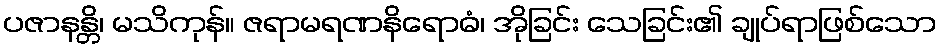
ပဇာနန္တိ၊ မသိကုန်။ ဇရာမရဏနိရောဓံ၊ အိုခြင်း သေခြင်း၏ ချုပ်ရာဖြစ်သော